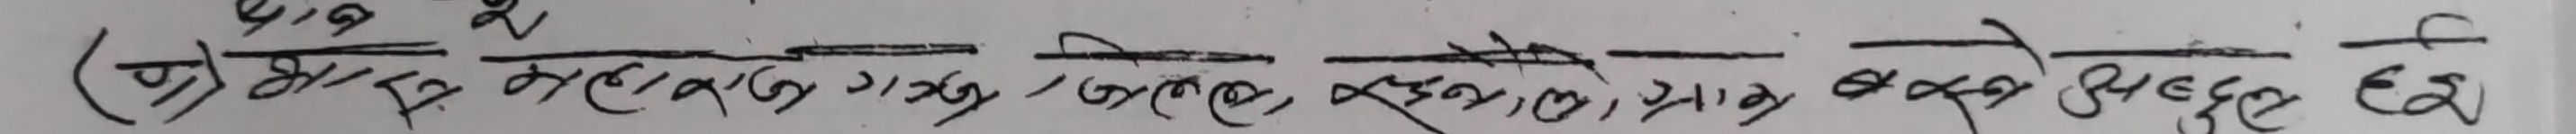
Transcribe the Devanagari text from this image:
(क) मीठा महिनाभर गरुङ्ग/अन्तन, सुन्दरमान बक्सो छ।